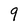
Character: 9